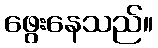
ဖွေးနေသည်။